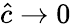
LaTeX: \hat{c}\to 0